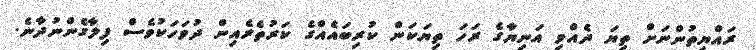
ރައްޔިތުންނަށް ތިޔަ ދެއްވި އަނިޔާގެ ރަހަ ތިޔަކަން ކުރިބައެއްގެ ކަރުތެރެއިން ދުވަހަކުވެސް ފިލާގެންނުދާނެ.